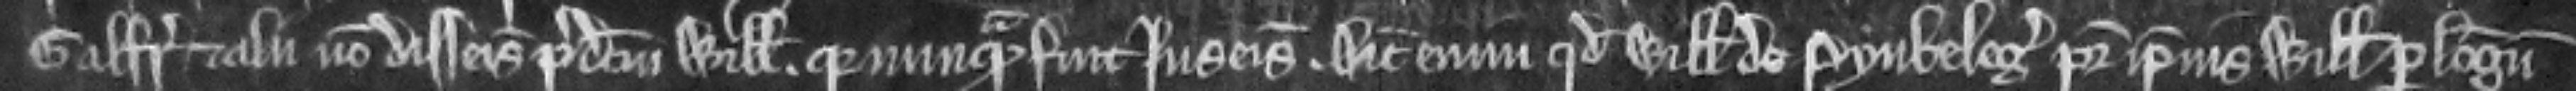
Galfridus et alii non disseisiverunt predictum Willemum quia nunquam fuit in seisina. Dicit enim quod Willelmus de Pynkeleg pater ipsius Willemi per longum